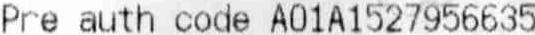
PRE AUTH CODE A01A1527956635